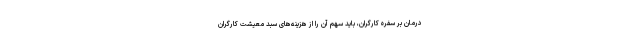
درمان بر سفره کارگران، باید سهم آن را از هزینه‌های سبد معیشت کارگران